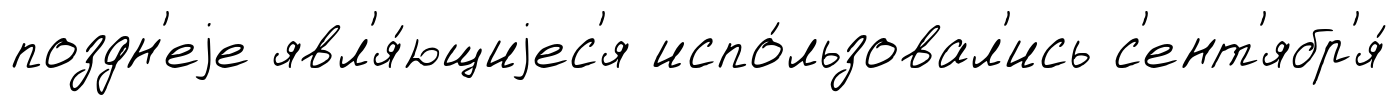
поздн'еjе явл'я́ющиjес'я испо́льзовал'ись с'ент'ябр'я́